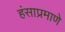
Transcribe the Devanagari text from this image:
हंसाप्रमाणे